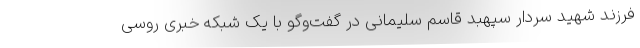
فرزند شهید سردار سپهبد قاسم سلیمانی در گفت‌وگو با یک شبکه خبری روسی